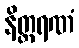
နိတ္ထရဏံ